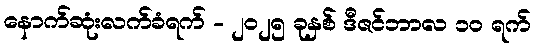
နောက်ဆုံးလက်ခံရက် - ၂၀၂၅ ခုနှစ် ဒီဇင်ဘာလ ၁၀ ရက်